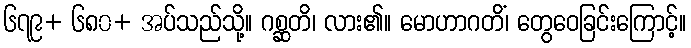
၆၇၉+ ၆၈၀+ အပ်သည်သို့။ ဂစ္ဆတိ၊ လား၏။ မောဟာဂတိံ၊ တွေဝေခြင်းကြောင့်။